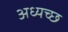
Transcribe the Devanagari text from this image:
अध्यच्छ